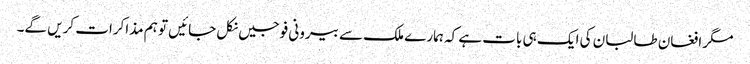
مگر افغان طالبان کی ایک ہی بات ہے کہ ہمارے ملک سے بیرونی فوجیں نکل جائیں تو ہم مذاکرات کریں گے۔